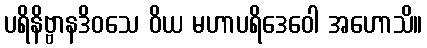
ပရိနိဗ္ဗာနဒိဝသေ ဝိယ မဟာပရိဒေဝေါ အဟောသိ။